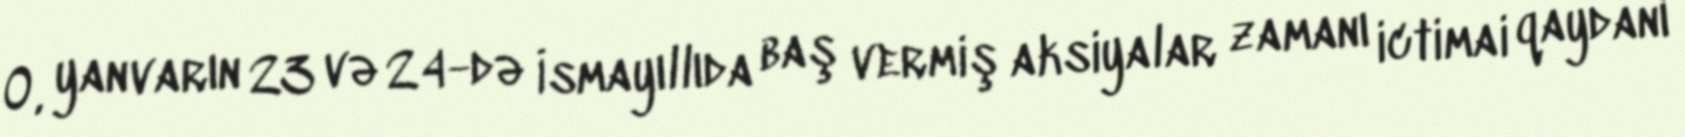
O, yanvarın 23 və 24-də İsmayıllıda baş vermiş aksiyalar zamanı ictimai qaydanı